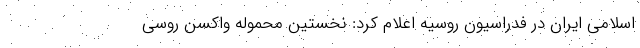
اسلامی ایران در فدراسیون روسیه اعلام کرد: نخستین محموله واکسن روسی